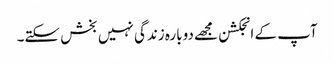
آپ کے انجکشن مجھے دوبارہ زندگی نہیں بخش سکتے۔